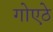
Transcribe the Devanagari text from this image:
गोएठे